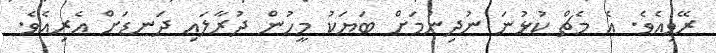
ރޭވިއެވެ. އެ މެޗް ކުޅުނަ ނުދިނުމަށް ބަޔަކު މީހުން ދުރާލައި ދަނޑަށް އެރިއެވެ.